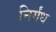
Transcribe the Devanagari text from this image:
निर्गंध